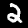
Label: 2